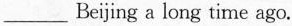
___ Beijing a long time ago.